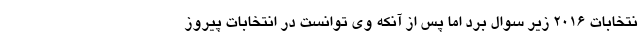
نتخابات ۲۰۱۶ زیر سوال برد اما پس از آنکه وی توانست در انتخابات پیروز